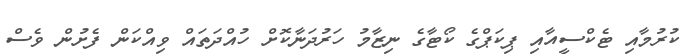
ކުރުމާއި ޓެކްސީއާއި ޕިކަޕްގެ ކޯޓާގެ ނިޒާމު ހަރުދަނާކޮށް ހުއްދަތައް ވިއްކަން ފެށުން ވެސް